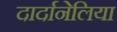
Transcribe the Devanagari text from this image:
दार्दानेलिया